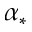
\alpha _ { * }